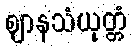
ဈာနသံယုတ္တံ